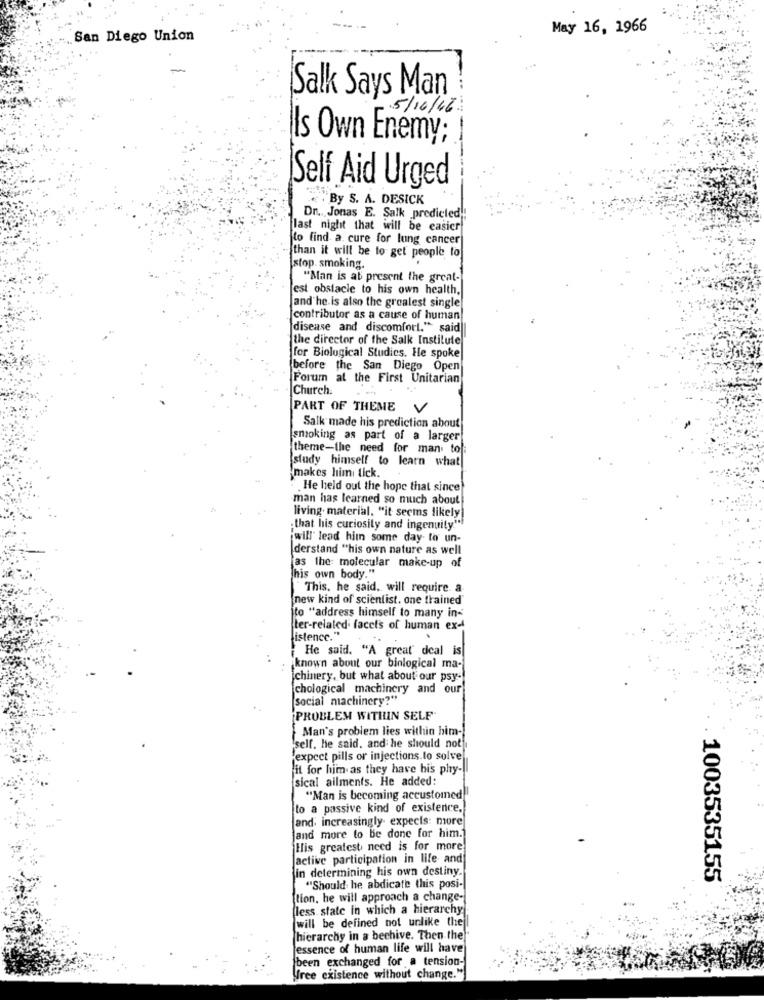
May 16, 1966
San Diego Union
Salk Says Man
5/16/16
Is Own Enemy;
Self Aid Urged
.By S. A. DESICK
Dr. Jonas E. Salk predicted !!
last night that will be easier
to find a. cure for lung cancer
than it will be to get people to
stop smoking.
"Man is at present the great-
est obstacle to his own health.
and he is also the greatest single
contributor as a cause of human
disease and discomfort." said
the director of the Salk Institute
for Biological Studies. He spoke
before the San Diego Open
Forum at the First Unitarian
Church.
PART OF THEME
Salk made his prediction about
smoking as part of a larger
theme-the need for man to:
study himself to learn what
makes him tick.
He held out the hope that since
man has learned so much about
living. material. "it seems likely
„that his curiosity and ingenuity"!
iwill lead him some day to un-
derstand "his own nature as well
jas the molecular make-up of
his own body."
This, he said, will require. a
new kind of scientist. one trained"
ito "address himself to many in-
ter-related. facets of human ex-
istence."
He said. "A great deal is
known about our binlogical ma-
chinery, but what about our psy-
chological machinery and our
social machinery?"
PROBLEM WITHIN SELF"
Man's problem lies within him-
self. he said, and he should not
expect pills or injections.to solve
it for him as they have bis phy-
sical ailments. He added:
"Man is becoming accustomed]
to a passive kind of existence.
and: increasingly expecis: more
and more to be done for him.
His greatest need is for more
Jactive participation in life and
in determining his own destiny.
1003535155
"Should he abdicate this posi-
ftion, he will approach a change-
(less state in which a hierarchy
Iwill be defined not unlike the
hierarchy in a beehive. Then the
essence of human life will have
been exchanged for a tension-
free existence without change.